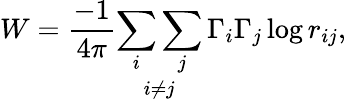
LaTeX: W=\frac{-1}{4\pi}\underset{i\neq j}{\sum_{i}\sum_{j}}\, \Gamma_{i}\Gamma_{j}\log r_{ij},